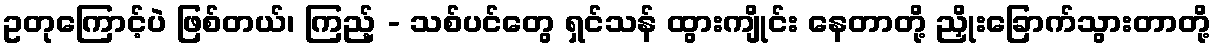
ဥတုကြောင့်ပဲ ဖြစ်တယ်၊ ကြည့် - သစ်ပင်တွေ ရှင်သန် ထွားကျိုင်း နေတာတို့ ညှိုးခြောက်သွားတာတို့